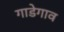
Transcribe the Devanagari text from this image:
गाडेगाव